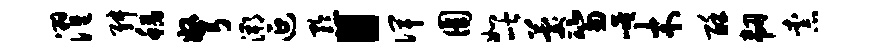
濯舛稻弩溯延黔“俾圆如喈晷笏崦木酥韧柰